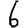
Digit: 6